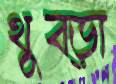
থুব্‌ড়া